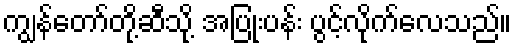
ကျွန်တော်တို့ဆီသို့ အပြုံးပန်း ပွင့်လိုက်လေသည်။